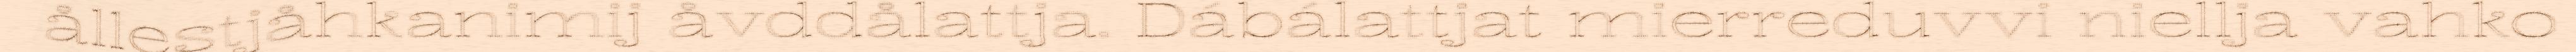
ållestjåhkanimij åvddålattja. Dábálattjat mierreduvvi niellja vahko